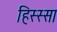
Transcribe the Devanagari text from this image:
हिस्स्सा